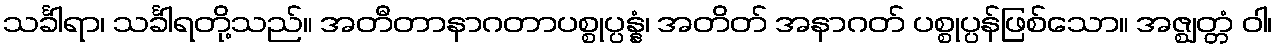
သင်္ခါရာ၊ သင်္ခါရတို့သည်။ အတီတာနာဂတာပစ္စုပ္ပန္နံ၊ အတိတ် အနာဂတ် ပစ္စုပ္ပန်ဖြစ်သော။ အဇ္ဈတ္တံ ဝါ၊